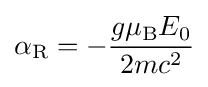
\alpha _{\rm {R}}=-{\frac {g\mu _{\rm {B}}E_{0}}{2mc^{2}}}